Document type: Sale
Year: 1430
Scribe: [Unknown]
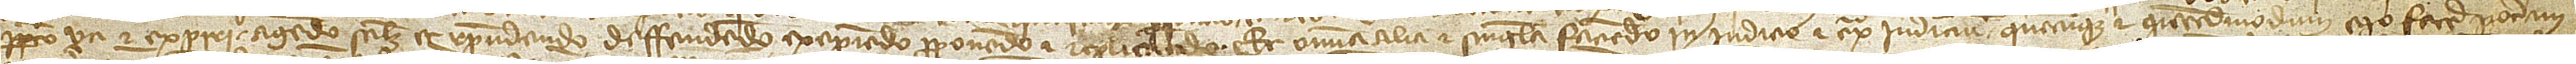
perpetuo uti et experiri, agendo scilicet et respondendo, deffendendo, excipiendo, proponendo et replicando, et omnia alia et singula faciendo, in iudicio et extra iudicium quecumque et quemadmodum ego facere poteram